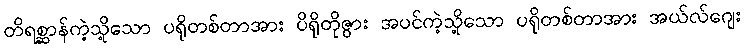
တိရစ္ဆာန်ကဲ့သို့သော ပရိုတစ်တာအား ပိရိုတိုဇွား အပင်ကဲ့သို့သော ပရိုတစ်တာအား အယ်လ်ဂျေး